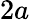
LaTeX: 2a